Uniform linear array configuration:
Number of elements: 24
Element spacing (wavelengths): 0.5
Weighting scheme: binomial
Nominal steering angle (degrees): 15
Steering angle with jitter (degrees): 13.155
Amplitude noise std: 0.05
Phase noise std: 0.05

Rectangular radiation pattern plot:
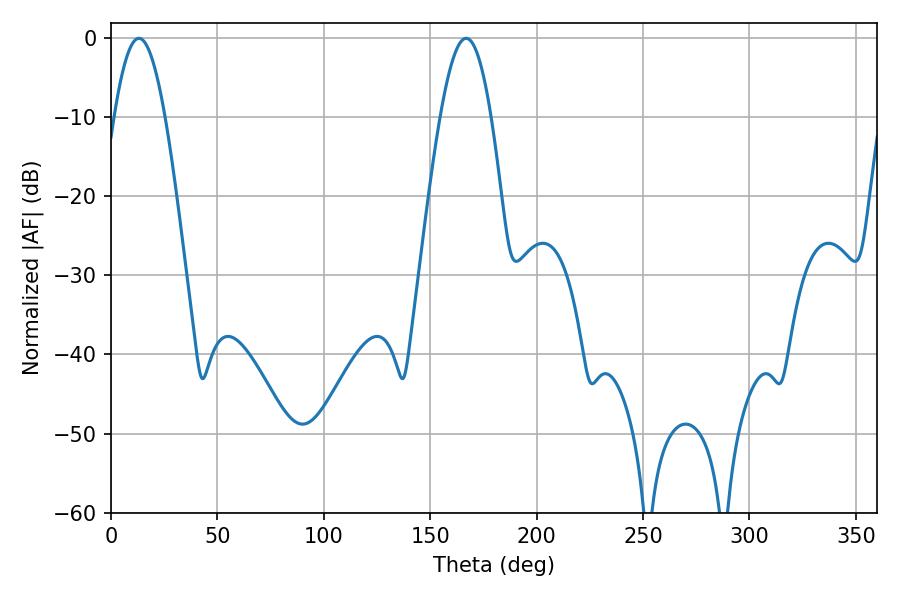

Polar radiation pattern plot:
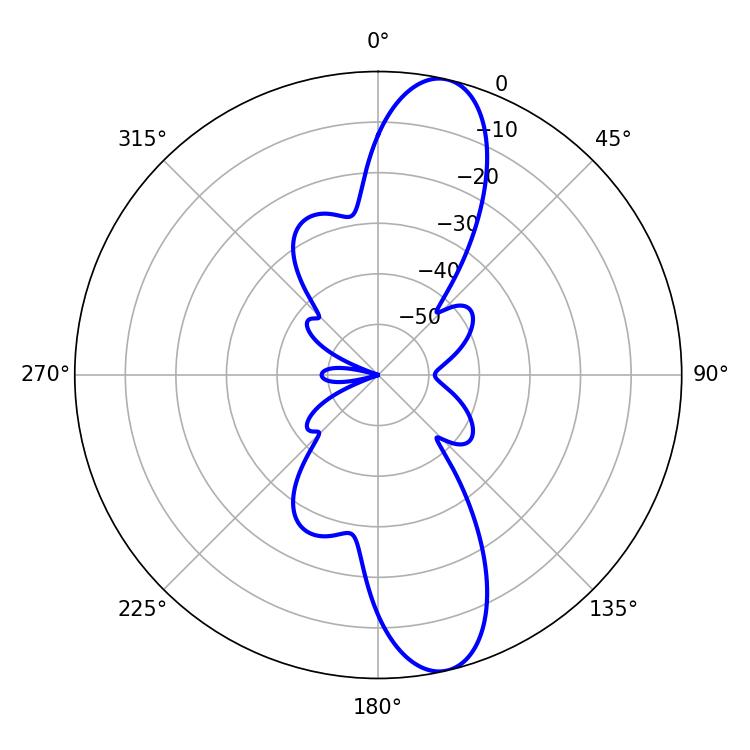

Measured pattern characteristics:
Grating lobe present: FALSE
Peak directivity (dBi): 12.544
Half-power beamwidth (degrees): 12.96
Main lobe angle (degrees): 13.14